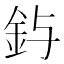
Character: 𮡤